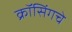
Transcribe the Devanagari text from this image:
क्रॉसिंगचे